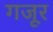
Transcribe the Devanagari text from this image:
गजूर